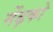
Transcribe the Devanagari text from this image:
मेंढ़को